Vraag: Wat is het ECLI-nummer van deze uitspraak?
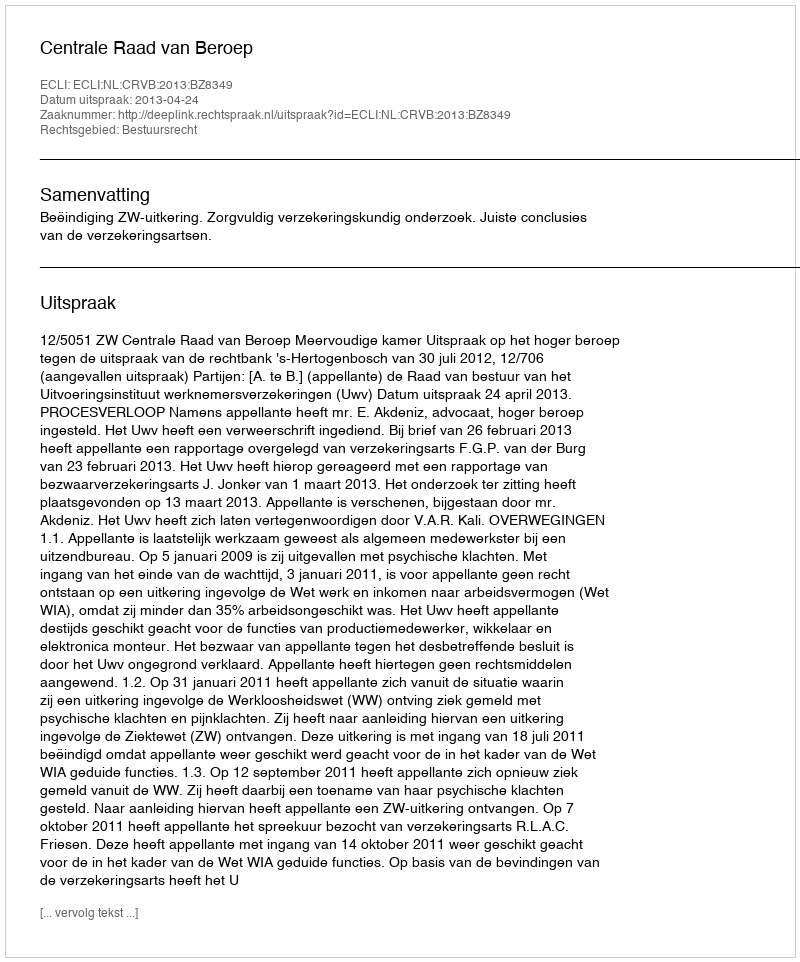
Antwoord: ECLI:NL:CRVB:2013:BZ8349